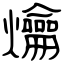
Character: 爚